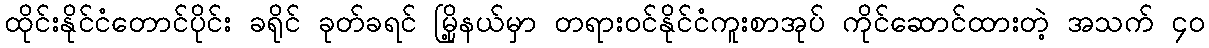
ထိုင်းနိုင်ငံတောင်ပိုင်း ခရိုင် ခုတ်ခရင် မြို့နယ်မှာ တရားဝင်နိုင်ငံကူးစာအုပ် ကိုင်ဆောင်ထားတဲ့ အသက် ၄၀